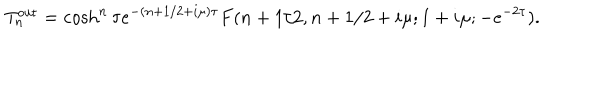
T _ { n } ^ { \mathrm { { o u t } } } = \cosh ^ { n } \tau e ^ { - ( n + 1 / 2 + i \mu ) \tau } F ( n + 1 / 2 , n + 1 / 2 + i \mu ; 1 + i \mu ; - e ^ { - 2 \tau } ) .